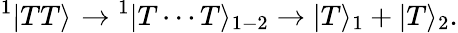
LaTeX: ^1|TT\rangle_{}\rightarrow{^1}|T\cdots T\rangle_{1-2}\rightarrow|T\rangle_{1}+|T\rangle_{2}.